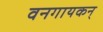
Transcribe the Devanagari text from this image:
वनगायकन्